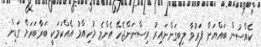
ކެއްސުން ބައްޔަށް ފަރުވާ ލިބިގަންނައިރު ވިސްނަންޖެހޭ އެންމެ މުހިއްމު އެއްކަމަކީ ބަރާބަރަށް ގަޑިން